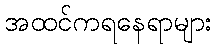
အထင်ကရနေရာများ